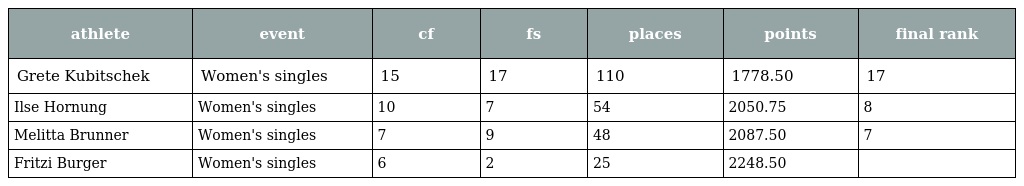
| athlete | event | cf | fs | places | points | final rank |
 | --- | --- | --- | --- | --- | --- | --- |
 | Grete Kubitschek | Women's singles | 15 | 17 | 110 | 1778.50 | 17 |
 | Ilse Hornung | Women's singles | 10 | 7 | 54 | 2050.75 | 8 |
 | Melitta Brunner | Women's singles | 7 | 9 | 48 | 2087.50 | 7 |
 | Fritzi Burger | Women's singles | 6 | 2 | 25 | 2248.50 |  |